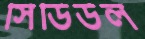
সিডিউল